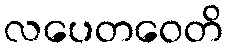
လပေတဝေတိ